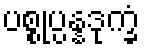
ပစ္စုပ္ပန္နဒုက္ခံ